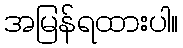
အမြန်ရထားပါ။